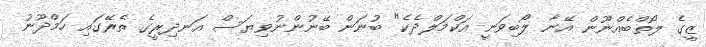
ޒީގެ ލޯތްބެއްނޫން އޭނާ ލޯބިވަނީ އަކްމަލްދެކެ" ބުނަން ބޭނުންނުވިޔަސް އަނދިރީގެ ތެރޭގައި ހަމްދޫނު